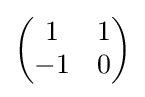
{\begin{pmatrix}1&1\\-1&0\end{pmatrix}}